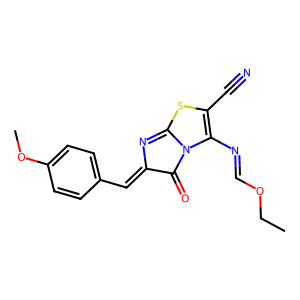
SMILES: CCOC=NC1=C(C#N)SC2=NC(=Cc3ccc(OC)cc3)C(=O)N21
Inhibits HIV replication: No